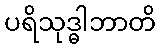
ပရိသုဒ္ဓါဘာတိ